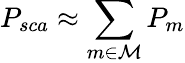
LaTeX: P_{sca}\approx\sum_{m\in\mathcal{M}}P_{m}